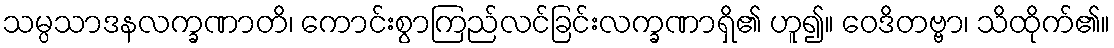
သမ္ပသာဒနလက္ခဏာတိ၊ ကောင်းစွာကြည်လင်ခြင်းလက္ခဏာရှိ၏ ဟူ၍။ ဝေဒိတဗ္ဗာ၊ သိထိုက်၏။